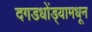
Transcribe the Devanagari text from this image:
दगडधोंड्यामधून